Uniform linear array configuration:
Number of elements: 48
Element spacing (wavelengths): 1
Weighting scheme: hann
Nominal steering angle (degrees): -45
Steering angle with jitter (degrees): -45.005
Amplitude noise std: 0.05
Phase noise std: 0.05

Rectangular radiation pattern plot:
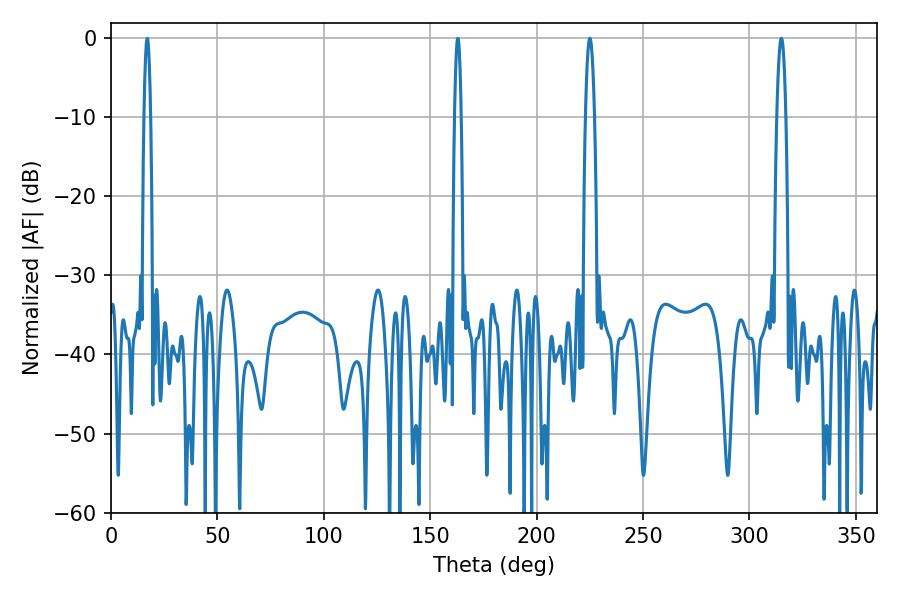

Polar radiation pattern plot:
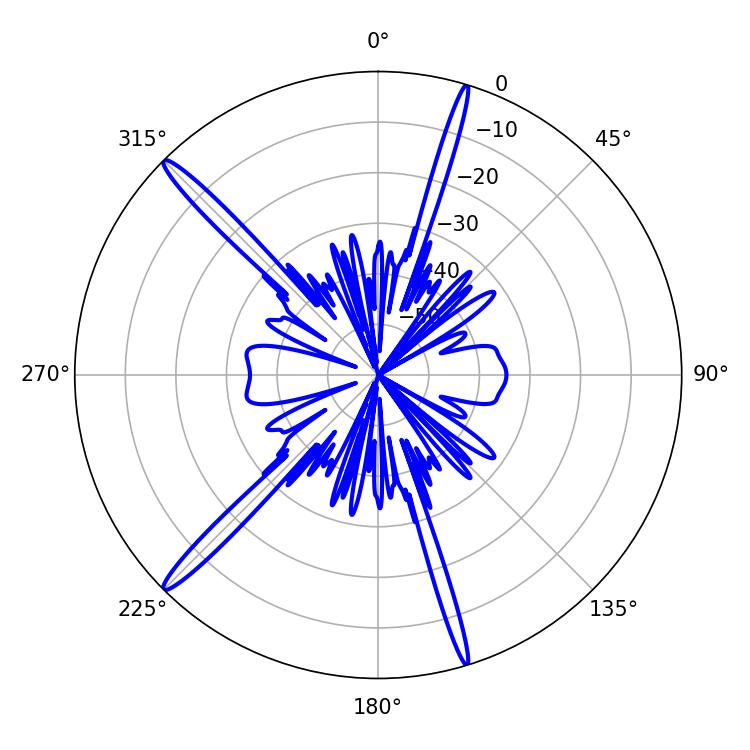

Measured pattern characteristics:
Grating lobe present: TRUE
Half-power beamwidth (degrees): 2.16
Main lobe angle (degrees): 225